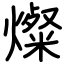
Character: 燦